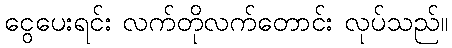
ငွေပေးရင်း လက်တိုလက်တောင်း လုပ်သည်။